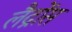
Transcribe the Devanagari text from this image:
लैद्रोंस